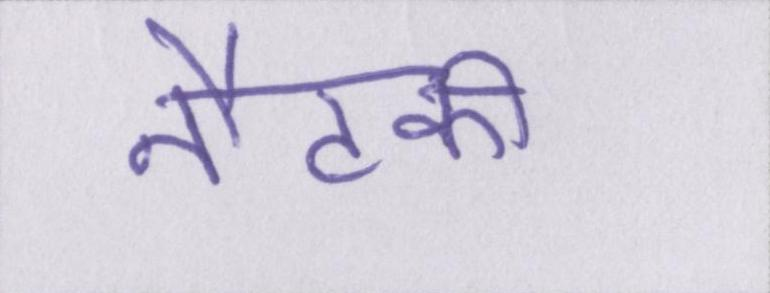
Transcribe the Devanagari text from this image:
नौटंकी